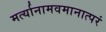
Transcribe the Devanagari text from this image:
मर्त्यानामवमानात्परं